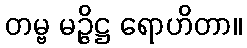
တမ္ဗ မဉ္ဇိဋ္ဌ ရောဟိတာ။